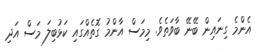
އެންމެ ގިނައިން ބޭނޭ ބާވަތެވެ. މިމަސް އާންމު ގޮތެއްގައި ކަޅުބިލަ މަސް އަދި